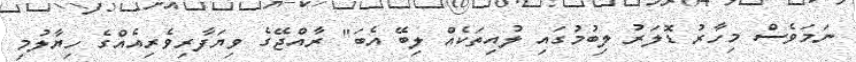
ނަމަވެސް މިހާރު ޑޮލަރު ލިބުމުގައި ލުއިތަކެއް ލިބޭ އެބަ" ރާއްޖޭގެ ވިޔަފާރިވެރިއެއްގެ ހިޔާލުމި